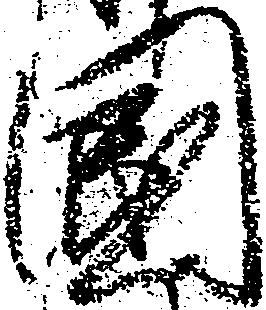
国